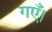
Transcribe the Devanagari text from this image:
गएँ।